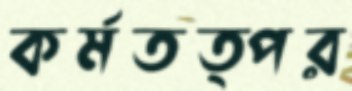
কর্মতত্পর